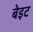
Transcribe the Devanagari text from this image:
बेइट